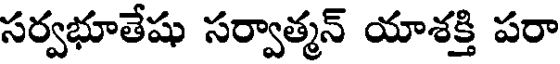
సర్వభూతేషు సర్వాత్మన్ యాశక్తి పరా